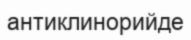
антиклинорийде